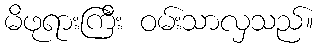
မိဖုရားကြီး ဝမ်းသာလှသည်။